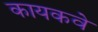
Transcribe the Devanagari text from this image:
कायकवे